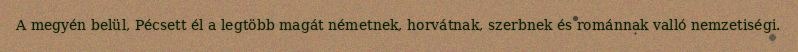
A megyén belül, Pécsett él a legtöbb magát németnek, horvátnak, szerbnek és románnak valló nemzetiségi.